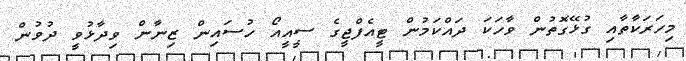
މިހަރަކާތާއި ގުޅޭގޮތުން ވާހަކަ ދައްކަމުން ޓީއެފްޖީގެ ސީއީއޯ ހުސައިން ޒިނާން ވިދާޅުވީ ދުވުން